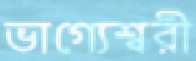
ভাগ্যেশ্বরী